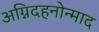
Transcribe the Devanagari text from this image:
अग्निदहनोन्माद